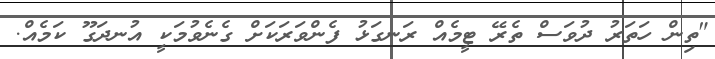
"ތިން ހަތަރު ދުވަސް ތެރޭ ޓީމެއް ރަނގަޅު ފެންވަރަކަށް ގެނެވުމަކީ އުނދަގޫ ކަމެއް.